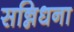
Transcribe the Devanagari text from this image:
सन्निधना